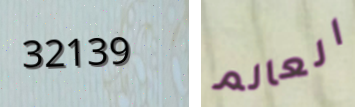
32139 العالم